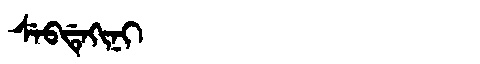
Manchu: ᠰᡝᠪᡩᡝᡴᡳᠨᡳ
Romanization: SEBDEKINI